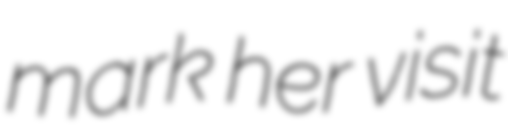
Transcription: mark her visit